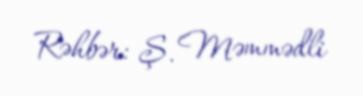
Rəhbər: Ş. Məmmədli